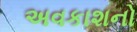
અવકાશનો